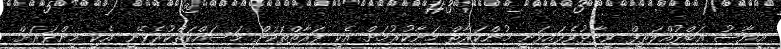
އިޔާޟު އަބްދުއްލަތީފް ވިދާޅުވެފައިވަނީ މުންކަރާތް މަނާކުރުމަށް އެކި ފަރާތްތަކަށް މަސައްކަތްކުރެވޭނީ އެކި މިންވަރަށް